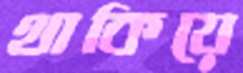
থাকিয়ে